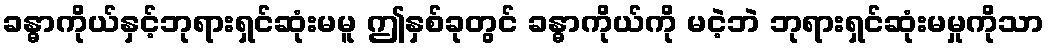
ခန္ဓာကိုယ်နှင့်ဘုရားရှင်ဆုံးမမူ ဤနှစ်ခုတွင် ခန္ဓာကိုယ်ကို မငဲ့ဘဲ ဘုရားရှင်ဆုံးမမှုကိုသာ